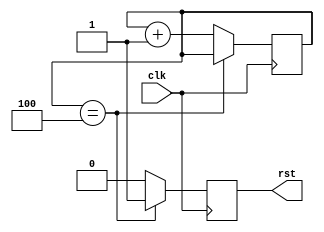
module rst_m(
input clk,
output reg rst);

reg [2:0] rst_cnt;

always @(posedge clk) begin 
	if(rst_cnt == 4) rst_cnt <= rst_cnt;
	else rst_cnt <= rst_cnt + 1;
end 
always @(posedge clk) begin 
	if(rst_cnt == 4) rst <= 1;
	else rst <= 0;
end 

endmodule